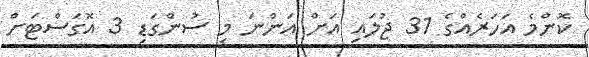
ކޮންމެ އަހަރެއްގެ 31 ޖުލައި އަށް އަންނަ މި ސުންގަޑި 3 އޮގަސްޓަށް